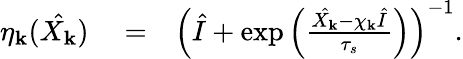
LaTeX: \begin{array}{rlr}{\eta_{\mathbf k}(\hat{X_{\mathbf k}})}&{{}=}&{\left(\hat{I}+\exp\left(\frac{\hat{X_{\mathbf k}}-\chi_{\mathbf k}\hat{I}}{\tau_{s}}\right)\right)^{-1}.}\end{array}